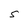
Character: S